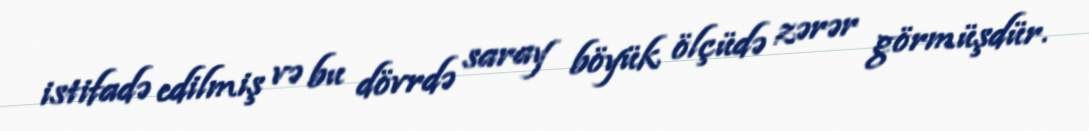
istifadə edilmiş və bu dövrdə saray böyük ölçüdə zərər görmüşdür.